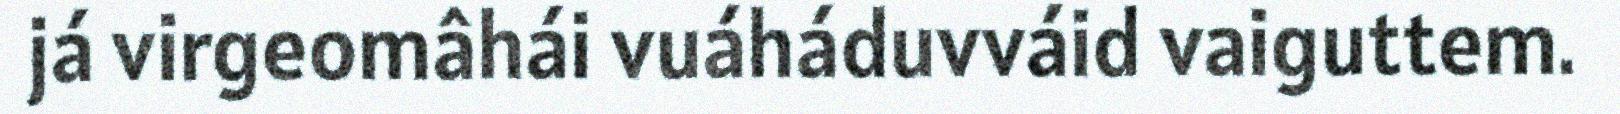
já virgeomâhái vuáháduvváid vaiguttem.